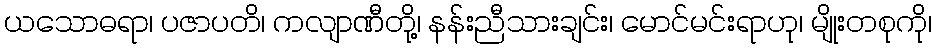
ယသောဓရာ၊ ပဇာပတိ၊ ကလျာဏီတို့၊ နန်းညီသားချင်း၊ မောင်မင်းရာဟု၊ မျိုးတစုကို၊